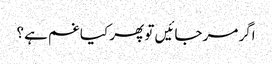
اگر مر جائیں تو پھر کیا غم ہے ؟